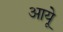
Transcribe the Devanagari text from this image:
आयूे